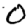
Digit: 0